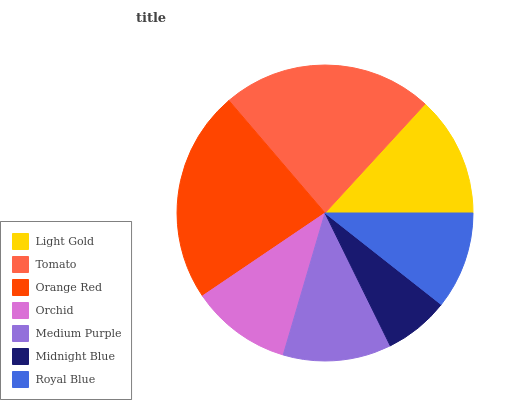
| Light Gold | Tomato | Orange Red | Orchid | Medium Purple | Midnight Blue | Royal Blue |
 | --- | --- | --- | --- | --- | --- | --- |
 | 13.2% | 23.1% | 23.2% | 11% | 11.8% | 7.11% | 10.6% |